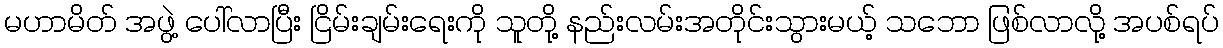
မဟာမိတ် အဖွဲ့ ပေါ်လာပြီး ငြိမ်းချမ်းရေးကို သူတို့ နည်းလမ်းအတိုင်းသွားမယ့် သဘော ဖြစ်လာလို့ အပစ်ရပ်